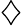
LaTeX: \diamondsuit